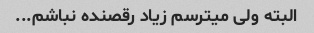
البته ولی میترسم زیاد رقصنده نباشم...